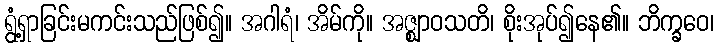
ရွံ့ရှာခြင်းမကင်းသည်ဖြစ်၍။ အဂါရံ၊ အိမ်ကို။ အဇ္ဈာဝသတိ၊ စိုးအုပ်၍နေ၏။ ဘိက္ခဝေ၊